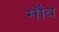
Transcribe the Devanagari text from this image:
मौव